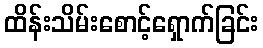
ထိန်းသိမ်းစောင့်ရှောက်ခြင်း